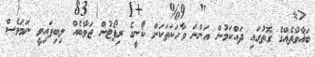
ބަޣާވާތެއްގެ ގޮތުގައި ދައްކަމުން އަންނަ ވާހަކަތަކަށް ކޯނީގެ ރިޕޯޓުން ޖަވާބެއް ލިބިފައިވީ ނަމަވެސް